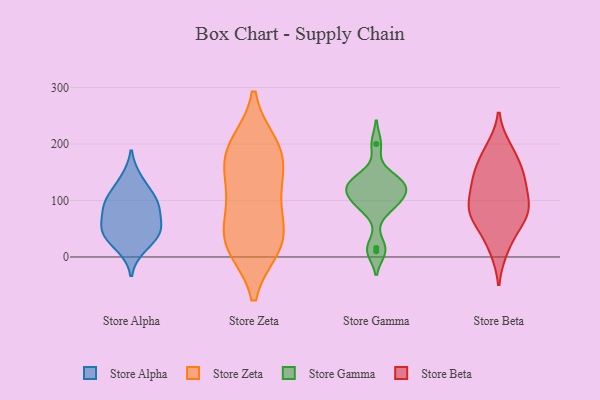
{"axis": {"x": "Bounce Rate (%)", "y": "Value"}, "legend": ["Store Alpha", "Store Beta", "Store Gamma", "Store Zeta"], "data": [{"x": "", "y": 86, "type": "Store Alpha"}, {"x": "", "y": 52, "type": "Store Alpha"}, {"x": "", "y": 90, "type": "Store Alpha"}, {"x": "", "y": 96, "type": "Store Alpha"}, {"x": "", "y": 46, "type": "Store Alpha"}, {"x": "", "y": 112, "type": "Store Alpha"}, {"x": "", "y": 53, "type": "Store Alpha"}, {"x": "", "y": 35, "type": "Store Alpha"}, {"x": "", "y": 16, "type": "Store Alpha"}, {"x": "", "y": 139, "type": "Store Alpha"}, {"x": "", "y": 142, "type": "Store Zeta"}, {"x": "", "y": 192, "type": "Store Zeta"}, {"x": "", "y": 199, "type": "Store Zeta"}, {"x": "", "y": 31, "type": "Store Zeta"}, {"x": "", "y": 24, "type": "Store Zeta"}, {"x": "", "y": 86, "type": "Store Zeta"}, {"x": "", "y": 191, "type": "Store Zeta"}, {"x": "", "y": 124, "type": "Store Zeta"}, {"x": "", "y": 166, "type": "Store Zeta"}, {"x": "", "y": 67, "type": "Store Zeta"}, {"x": "", "y": 18, "type": "Store Zeta"}, {"x": "", "y": 17, "type": "Store Zeta"}, {"x": "", "y": 129, "type": "Store Gamma"}, {"x": "", "y": 16, "type": "Store Gamma"}, {"x": "", "y": 102, "type": "Store Gamma"}, {"x": "", "y": 142, "type": "Store Gamma"}, {"x": "", "y": 88, "type": "Store Gamma"}, {"x": "", "y": 113, "type": "Store Gamma"}, {"x": "", "y": 200, "type": "Store Gamma"}, {"x": "", "y": 135, "type": "Store Gamma"}, {"x": "", "y": 89, "type": "Store Gamma"}, {"x": "", "y": 117, "type": "Store Gamma"}, {"x": "", "y": 127, "type": "Store Gamma"}, {"x": "", "y": 10, "type": "Store Gamma"}, {"x": "", "y": 91, "type": "Store Beta"}, {"x": "", "y": 72, "type": "Store Beta"}, {"x": "", "y": 87, "type": "Store Beta"}, {"x": "", "y": 52, "type": "Store Beta"}, {"x": "", "y": 85, "type": "Store Beta"}, {"x": "", "y": 132, "type": "Store Beta"}, {"x": "", "y": 175, "type": "Store Beta"}, {"x": "", "y": 139, "type": "Store Beta"}, {"x": "", "y": 192, "type": "Store Beta"}, {"x": "", "y": 141, "type": "Store Beta"}, {"x": "", "y": 14, "type": "Store Beta"}]}